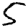
Digit: 5